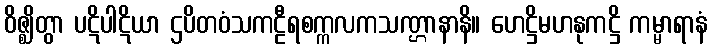
ဝိဇ္ဈိတွာ ပဋိပါဋိယာ ဌပိတဝံသကဠီရစက္ကလကသဏ္ဌာနာနိ။ ဟေဋ္ဌိမဟနုကဋ္ဌိ ကမ္မာရာနံ